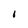
Character: I